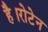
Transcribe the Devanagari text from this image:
है।रोटेन